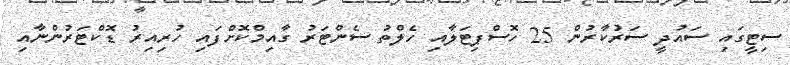
ސިޓީގައި ސައުދީ ސަރުކާރުން 25 ހޮސްޕިޓަލާއި ހެލްތު ސެންޓަރު ގާއިމްކޮށްފައި ހުރިއިރު ޑޮކްޓަރުންނާއި